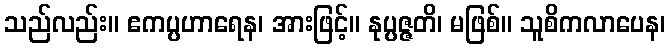
သည်လည်း။ ဧကပ္ပဟာရေန၊ အားဖြင့်။ နုပ္ပဇ္ဇတိ၊ မဖြစ်။ သူစိကလာပေန၊